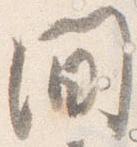
間